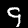
Digit: 9